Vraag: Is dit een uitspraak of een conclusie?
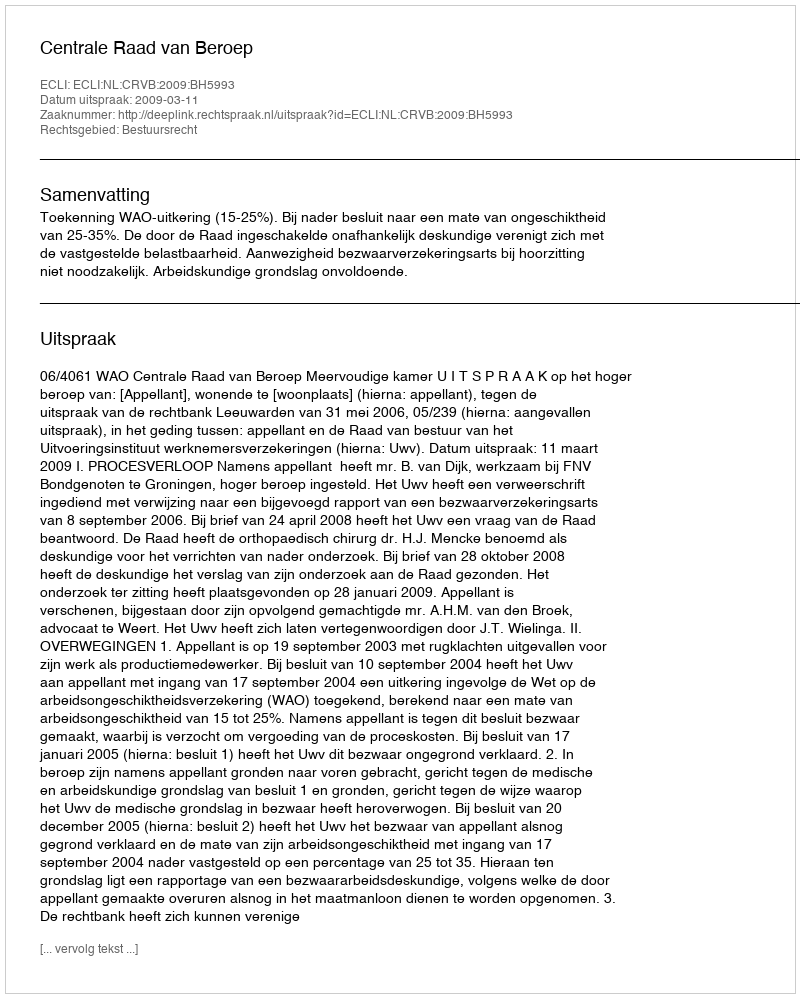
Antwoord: Uitspraak